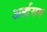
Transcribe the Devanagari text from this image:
अर्द्धसम